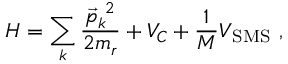
H = \sum _ { k } \frac { \vec { p } _ { k } ^ { \ 2 } } { 2 m _ { r } } + V _ { C } + \frac { 1 } { M } V _ { \mathrm { S M S } } \ ,